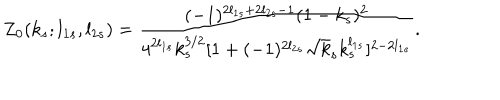
LaTeX: Z _ { 0 } ( k _ { s } ; l _ { 1 s } , l _ { 2 s } ) = \frac { ( - 1 ) ^ { 2 l _ { 1 s } + 2 l _ { 2 s } - 1 } ( 1 - k _ { s } ) ^ { 2 } } { 4 ^ { 2 l _ { 1 s } } k _ { s } ^ { 3 / 2 } [ 1 + ( - 1 ) ^ { 2 l _ { 2 s } } \sqrt k _ { s } k _ { s } ^ { l _ { 1 s } } ] ^ { 2 - 2 l _ { 1 s } } } .